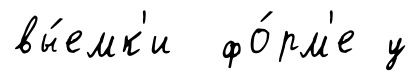
вы́емк'и фо́рм'е у